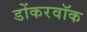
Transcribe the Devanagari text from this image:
डोंकरवॉक